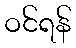
ဝင်ရန်